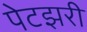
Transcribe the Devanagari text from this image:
पेटझरी